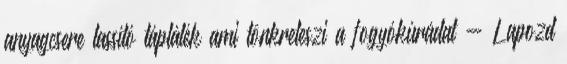
anyagcsere lassító táplálék ami tönkreteszi a fogyókúrádat - Lapozd